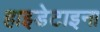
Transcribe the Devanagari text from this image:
हाइडेटाइना